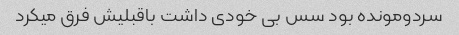
سردومونده بود سس بی خودی داشت باقبلیش فرق میکرد